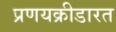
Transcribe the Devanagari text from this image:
प्रणयक्रीडारत